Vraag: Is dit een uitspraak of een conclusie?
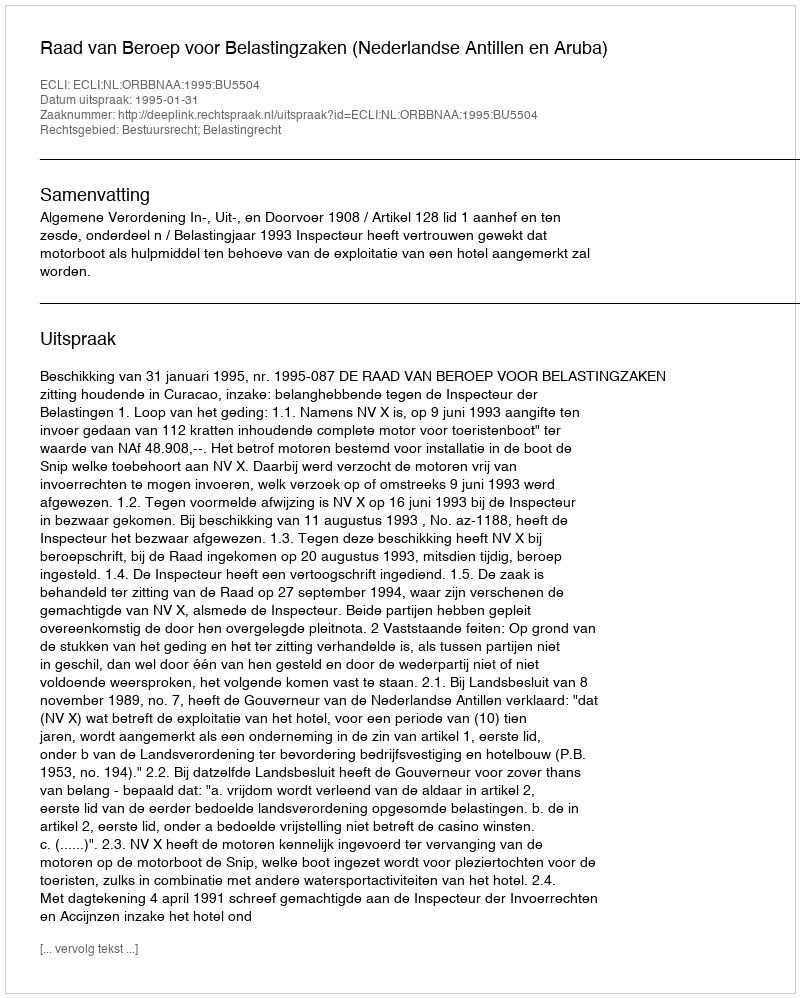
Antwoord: Uitspraak